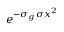
e ^ { - \sigma _ { g } \sigma x ^ { 2 } }